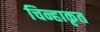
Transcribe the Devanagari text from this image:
चिन्हाकृत